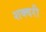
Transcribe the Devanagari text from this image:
शक्वरी